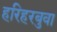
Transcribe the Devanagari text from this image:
हरिहरबुवा